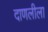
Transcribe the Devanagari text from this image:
दाणलीला